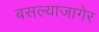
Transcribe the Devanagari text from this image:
बसल्याजागेर